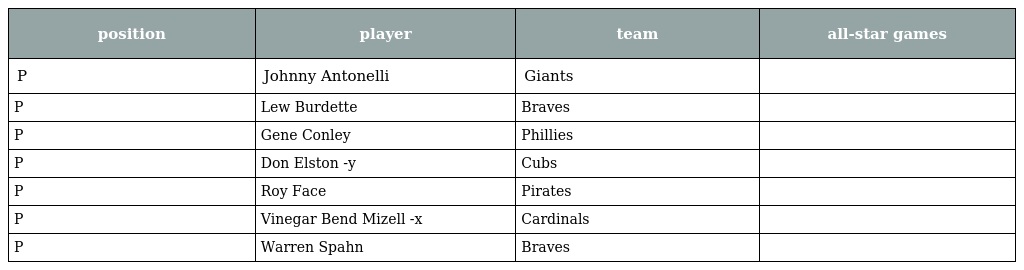
| position | player | team | all-star games |
 | --- | --- | --- | --- |
 | P | Johnny Antonelli | Giants |  |
 | P | Lew Burdette | Braves |  |
 | P | Gene Conley | Phillies |  |
 | P | Don Elston -y | Cubs |  |
 | P | Roy Face | Pirates |  |
 | P | Vinegar Bend Mizell -x | Cardinals |  |
 | P | Warren Spahn | Braves |  |